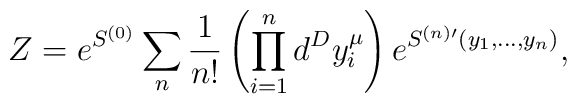
Z= e^{S^{(0)}}\sum_n {1\over n!}\left( \prod_{i=1}^n d^D y_i^\mu\right) e^{S^{(n)\prime}(y_1, \dots, y_n)},